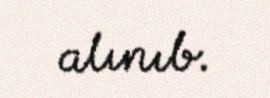
alınıb.